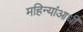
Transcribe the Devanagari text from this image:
महिन्यांआधी